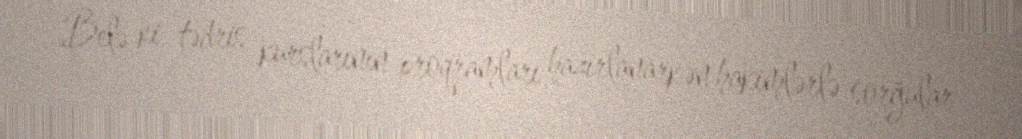
Belə ki, tədris kurslarının proqramları hazırlanarkən hakimlərlə sorğular